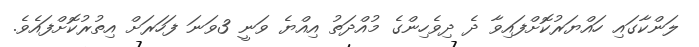
ލަންކާގައި ހައްޔަރުކޮށްފައިވާ ދެ ދިވެހިންގެ މުއްދަތު އިއްޔެ ވަނީ 3ވަނަ ފަހަރަށް އިތުރުކޮށްފައެވެ.